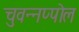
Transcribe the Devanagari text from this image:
चुवन्नप्पोल